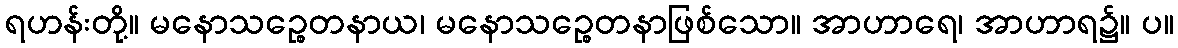
ရဟန်းတို့။ မနောသဉ္စေတနာယ၊ မနောသဉ္စေတနာဖြစ်သော။ အာဟာရေ၊ အာဟာရ၌။ ပ။